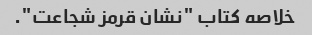
خلاصه کتاب "نشان قرمز شجاعت".